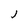
Character: J